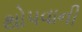
થોપવાની